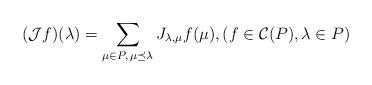
LaTeX: \begin{align*}(\mathcal{J}f)(\lambda )= \sum_{\mu\in P,\, \mu \preceq \lambda} J_{\lambda,\mu} f(\mu),(f\in \mathcal C(P),\lambda\in P)\end{align*}